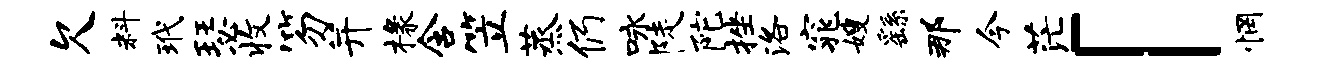
欠料玳瑟收笏并椽含笠蒸仍咏陡陀挫洛窕嫂繇那今茫「惘